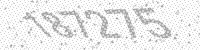
Solution: 187275